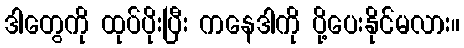
ဒါတွေကို ထုပ်ပိုးပြီး ကနေဒါကို ပို့ပေးနိုင်မလား။